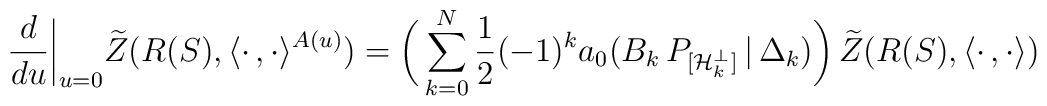
\frac{d}{du}\biggl|_{u=0}\widetilde{Z}(R(S),\langle\cdot\,,\cdot\rangle^{A(u)})=\biggl(\,\sum_{k=0}^N\frac{1}{2}(-1)^ka_0(B_k\,P_{[{\cal H\/}_k^{\perp}]}\,|\,\Delta_k)\biggr)\,\widetilde{Z}(R(S),\langle\cdot\,,\cdot\rangle)